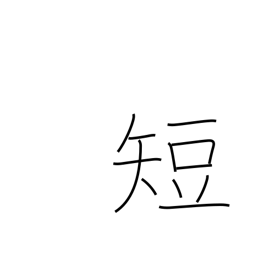
Meaning: defect